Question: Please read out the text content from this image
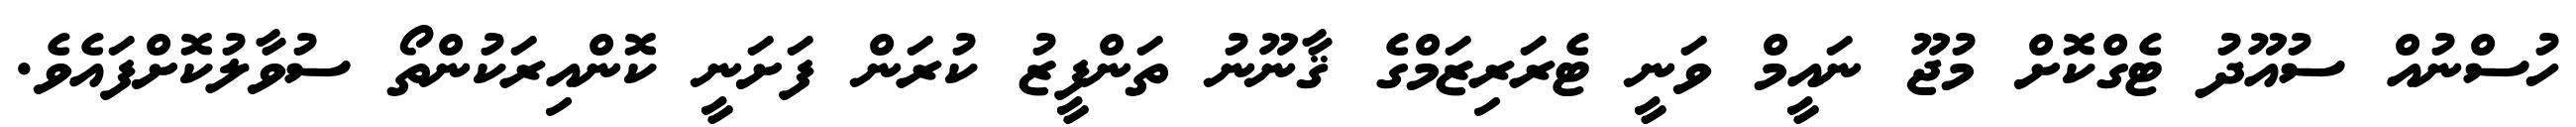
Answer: ހުސްނުއް ސުއޫދު ޓެގްކޮށް މުޖޫ ނައީމް ވަނީ ޓެރަރިޒަމްގެ ޤާނޫނު ތަންފީޒު ކުރަން ފަށަނީ ކޮންއިރަކުންތޯ ސުވާލުކޮށްފައެވެ.